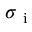
\sigma _ { \mathrm { ~ i ~ } }